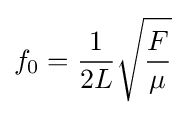
f_{0}={\frac {1}{2L}}{\sqrt {\frac {F}{\mu }}}